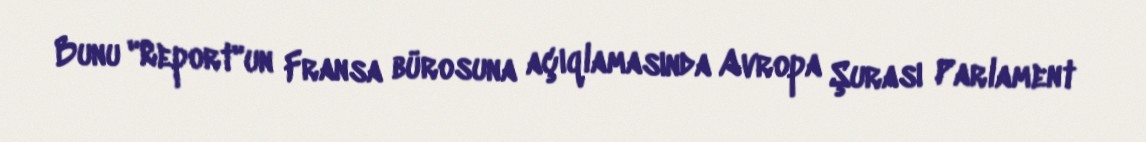
Bunu "Report"un Fransa bürosuna açıqlamasında Avropa Şurası Parlament